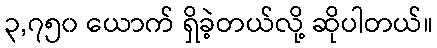
၃,၇၅၀ ယောက် ရှိခဲ့တယ်လို့ ဆိုပါတယ်။